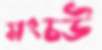
মংচউ